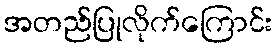
အတည်ပြုလိုက်ကြောင်း